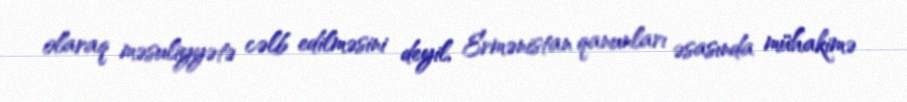
olaraq məsuliyyətə cəlb edilməsini deyil, Ermənistan qanunları əsasında mühakimə